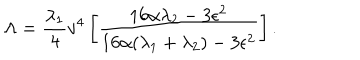
\Lambda = { \frac { \lambda _ { 1 } } { 4 } } v ^ { 4 } \left[ { \frac { 1 6 \alpha \lambda _ { 2 } - 3 \epsilon ^ { 2 } } { 1 6 \alpha ( \lambda _ { 1 } + \lambda _ { 2 } ) - 3 \epsilon ^ { 2 } } } \right] .